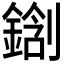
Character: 𰽀